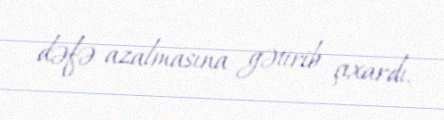
dəfə azalmasına gətirib çıxardı.